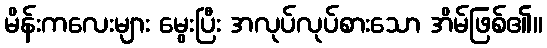
မိန်းကလေးများ မွေးပြီး အလုပ်လုပ်စားသော အိမ်ဖြစ်၏။